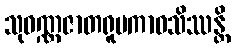
သုဝဏ္ဏဇာတရူပကာဝသိဿန္တိ